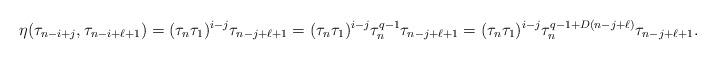
LaTeX: \begin{align*}\eta(\tau_{n-i+j}, \tau_{n-i+\ell+1})=(\tau_n \tau_1)^{i-j} \tau_{n-j+\ell+1}=(\tau_n \tau_1)^{i-j} \tau_n^{q-1}\tau_{n-j+\ell+1}=(\tau_n \tau_1)^{i-j} \tau_n^{q-1+D(n-j+\ell)}\tau_{n-j+\ell+1}.\end{align*}